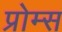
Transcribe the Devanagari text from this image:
प्रोम्स